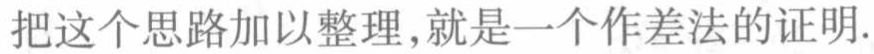
把这个思路加以整理,就是一个作差法的证明.